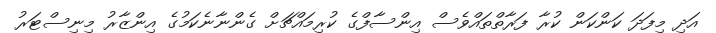
އަދި މިފަދަ ކަންކަން ކުރާ ފަރާތްތައްވެސް އިންސާފްގެ ކުރިމައްޗަށް ގެންނާނެކަމުގެ އިންޒާރު މިނިސްޓަރު